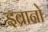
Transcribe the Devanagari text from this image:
इब्रानो